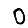
Digit: 0